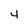
Character: 4